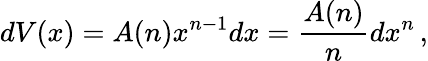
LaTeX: dV(x)=A(n)x^{n-1}dx=\frac{A(n)}{n}dx^{n}\, ,